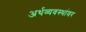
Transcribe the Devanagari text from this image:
अर्थव्यवस्थांवर